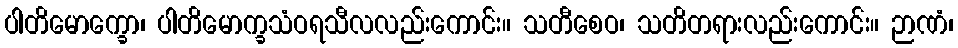
ပါတိမောက္ခော၊ ပါတိမောက္ခသံဝရသီလလည်းကောင်း။ သတီစေဝ၊ သတိတရားလည်းကောင်း။ ဉာဏံ၊